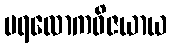
ပရလောကဝိဇယာယ